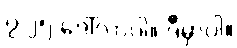
၇.၂၅ ဒေါ်လာပါ။ ဒီမှာပါ။